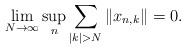
LaTeX: \begin{align*}\lim_{N \to \infty} \sup_n \sum_{|k| > N} \|x_{n,k}\| = 0.\end{align*}